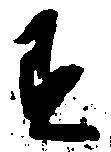
す